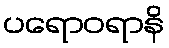
ပရောဝရာနိ